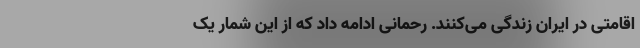
اقامتی در ایران زندگی می‌کنند. رحمانی ادامه داد که از این شمار یک